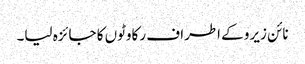
نائن زیرو کے اطراف رکاوٹوں کا جائزہ لیا۔